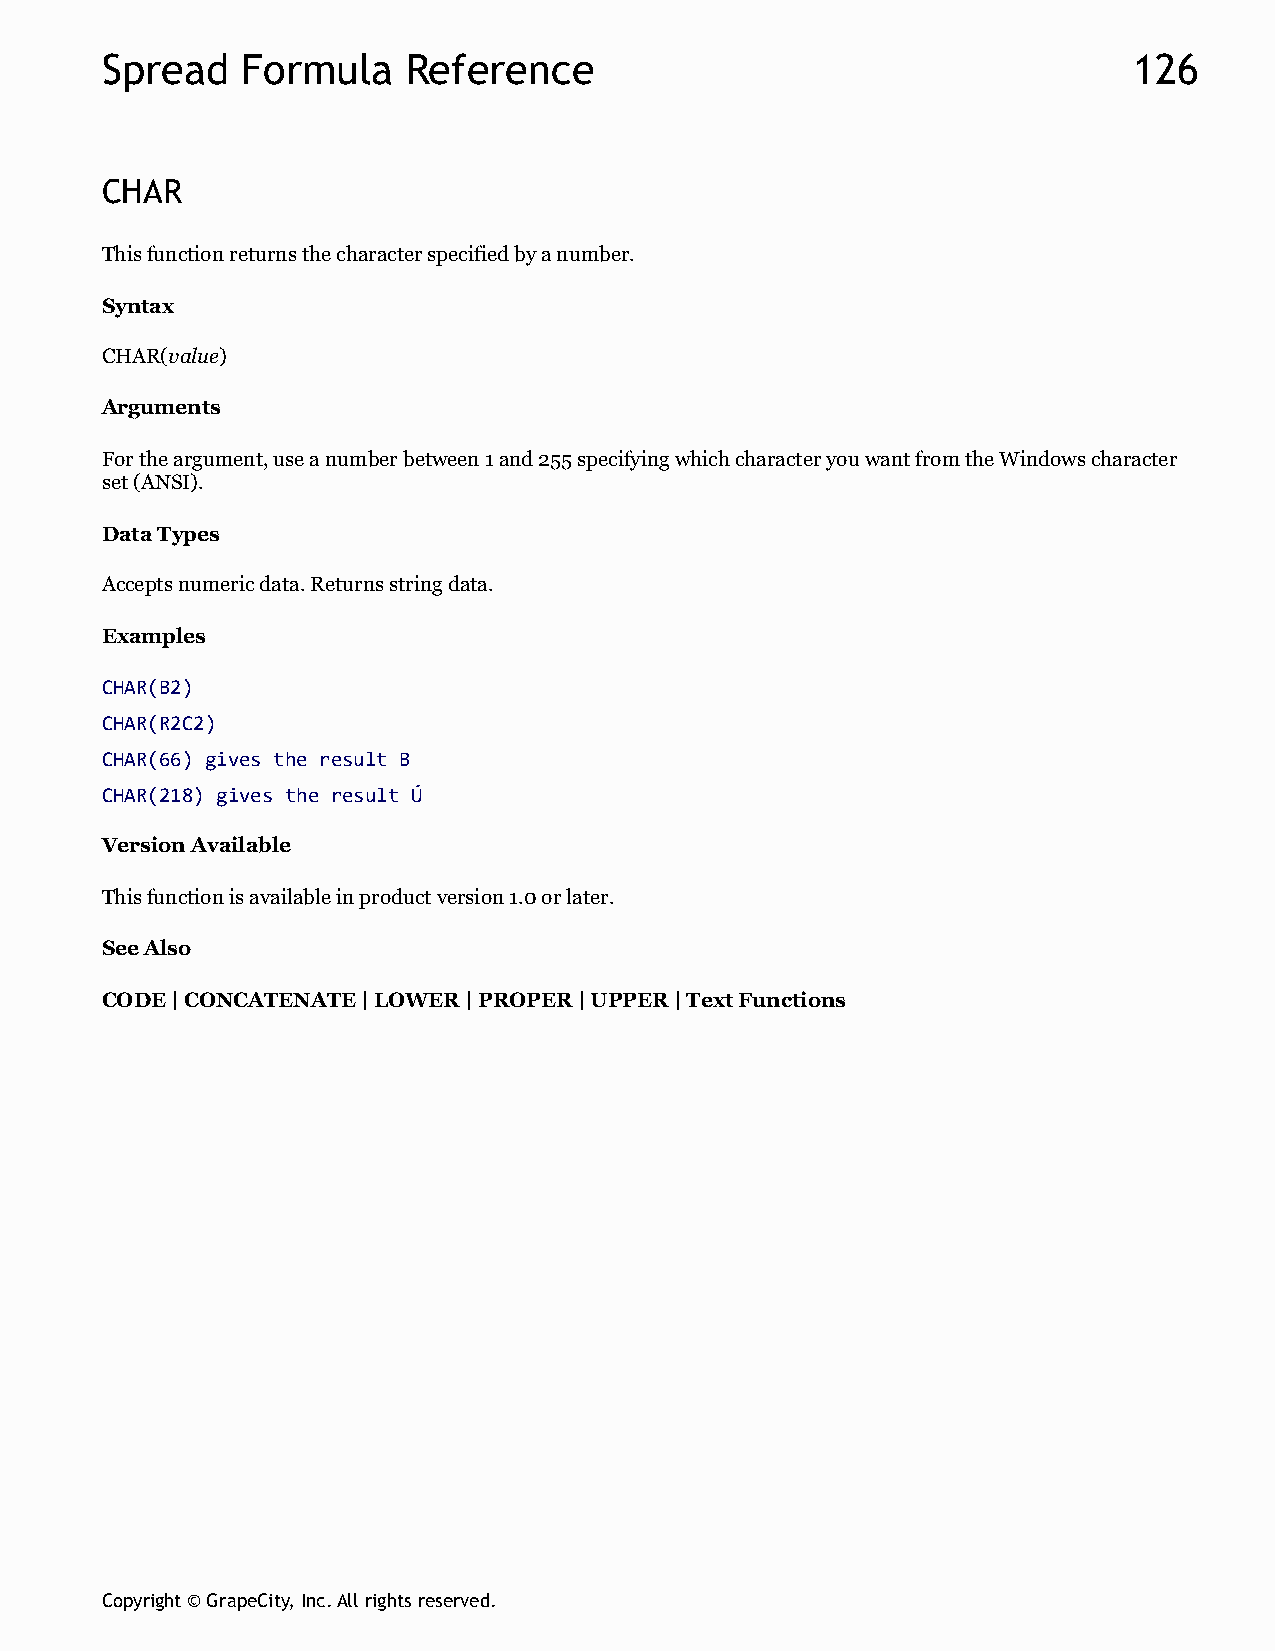
Spread   Formula    Reference                                       126
 CHAR
 This function returns the character specified by a number.
 Syntax
 CHAR(value)
 Arguments
 For the argument, use a number between 1 and 255 specifying which character you want from the Windows character
 set (ANSI).
 Data Types
 Accepts numeric data. Returns string data.
 Examples
 CHAR(B2)
 CHAR(R2C2)
 CHAR(66) gives the result B
 CHAR(218) gives the result Ú
 Version Available
 This function is available in product version 1.0 or later.
 See Also
 CODE | CONCATENATE | LOWER | PROPER | UPPER | Text Functions
 Copyright © GrapeCity, Inc. All rights reserved.